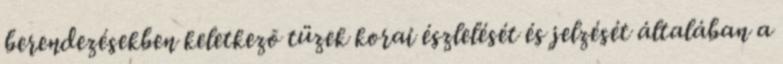
berendezésekben keletkezõ tüzek korai észlelését és jelzését általában a